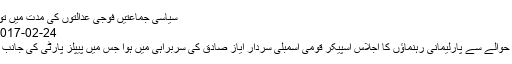
سیاسی جماعتیں فوجی عدالتوں کی مدت میں توسیع کیلئے رضا مند - ہم سب
24-02-2017 ویب ڈیسک 110 Views
فوجی عدالتوں میں توسیع کے حوالے سے پارلیمانی رہنماؤں کا اجلاس اسپیکر قومی اسمبلی سردار ایاز صادق کی سربراہی میں ہوا جس میں پیپلز پارٹی کی جانب سے نوید قمر نے شرکت کی۔